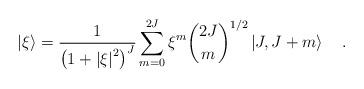
LaTeX: \begin{align*}\left\vert{\xi}\right\rangle={1\over{\left({1+{\vert\xi\vert}^{2}}\right)^{J}}}\sum_{m=0}^{2J}\xi^{m}{2J\choose m}^{1/2}\left\vert{J,\-J+m}\right\rangle\quad. \end{align*}